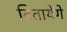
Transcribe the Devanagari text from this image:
बितायेंगे